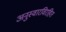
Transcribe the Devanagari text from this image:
अनुस्वारविरहित